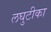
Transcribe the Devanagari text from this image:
लघुटीका